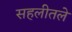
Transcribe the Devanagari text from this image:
सहलीतले